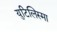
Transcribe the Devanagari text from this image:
युटिलिस्मा